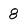
Character: 8